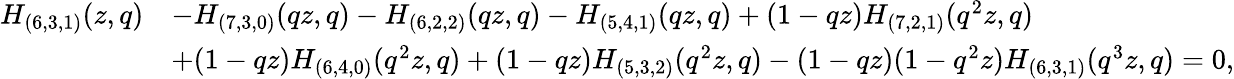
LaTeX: \begin{array}{rl}{H_{(6,3,1)}(z,q)}&{-H_{(7,3,0)}(qz,q)-H_{(6,2,2)}(qz,q)-H_{(5,4,1)}(qz,q)+(1-qz)H_{(7,2,1)}(q^{2}z,q)}\\ &{+(1-qz)H_{(6,4,0)}(q^{2}z,q)+(1-qz)H_{(5,3,2)}(q^{2}z,q)-(1-qz)(1-q^{2}z)H_{(6,3,1)}(q^{3}z,q)=0,}\end{array}